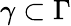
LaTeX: \gamma\subset\Gamma